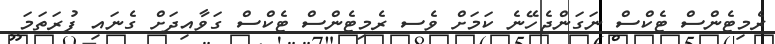
ރެމިޓެންސް ޓެކްސް ނަގަންޖެހޭނެ ކަމަށް ވެސ ރެމިޓެންސް ޓެކްސް ގަވާއިދަށް ގެނައި ފުރަތަމަ